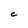
Character: c